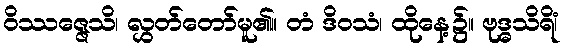
ဝိဿဇ္ဇေသိ၊ လွှတ်တော်မူ၏။ တံ ဒိဝသံ၊ ထိုနေ့၌။ ဗုဒ္ဓသိရိံ၊